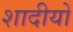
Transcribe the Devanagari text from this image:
शादीयों